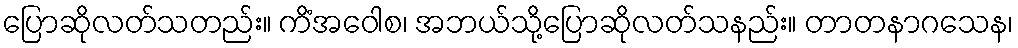
ပြောဆိုလတ်သတည်း။ ကိံအဝေါစ၊ အဘယ်သို့ပြောဆိုလတ်သနည်း။ တာတနာဂသေန၊